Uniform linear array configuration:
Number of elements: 4
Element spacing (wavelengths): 0.5
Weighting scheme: cosine
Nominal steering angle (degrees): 30
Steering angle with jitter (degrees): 31.304
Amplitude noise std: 0.05
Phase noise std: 0.05

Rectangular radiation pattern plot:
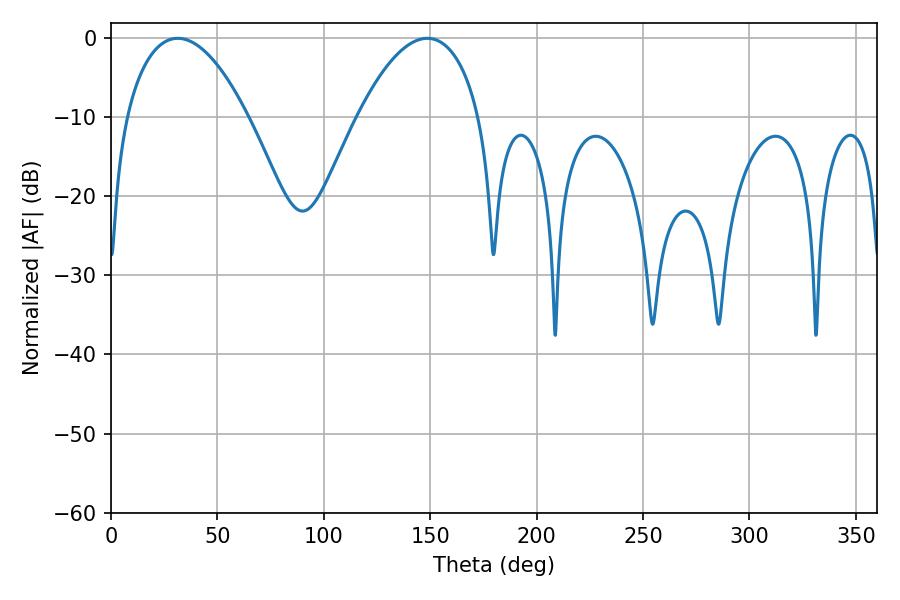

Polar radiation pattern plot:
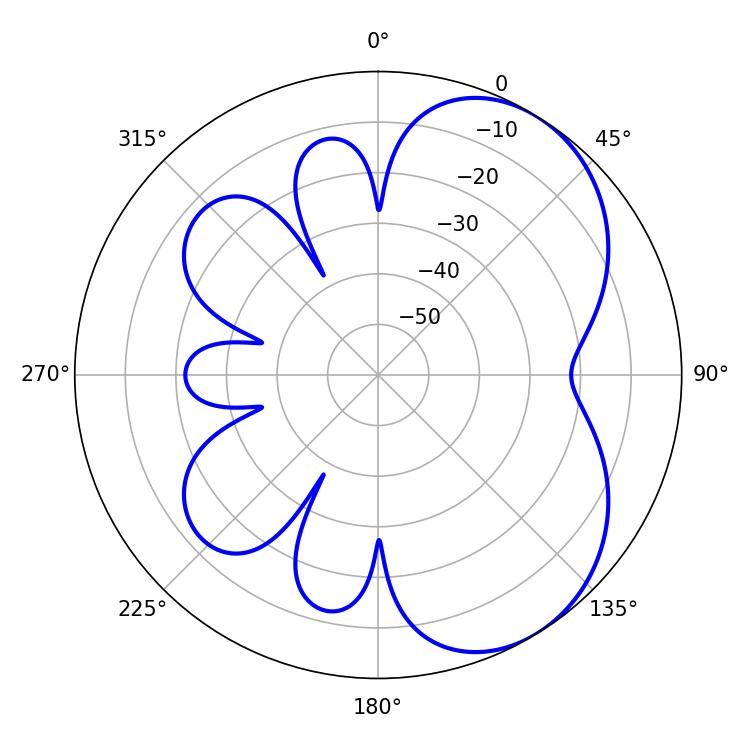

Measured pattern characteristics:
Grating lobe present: FALSE
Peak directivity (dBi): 5.165
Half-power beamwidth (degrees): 32.04
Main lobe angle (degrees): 31.32